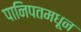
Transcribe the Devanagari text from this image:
पानिपतमधून